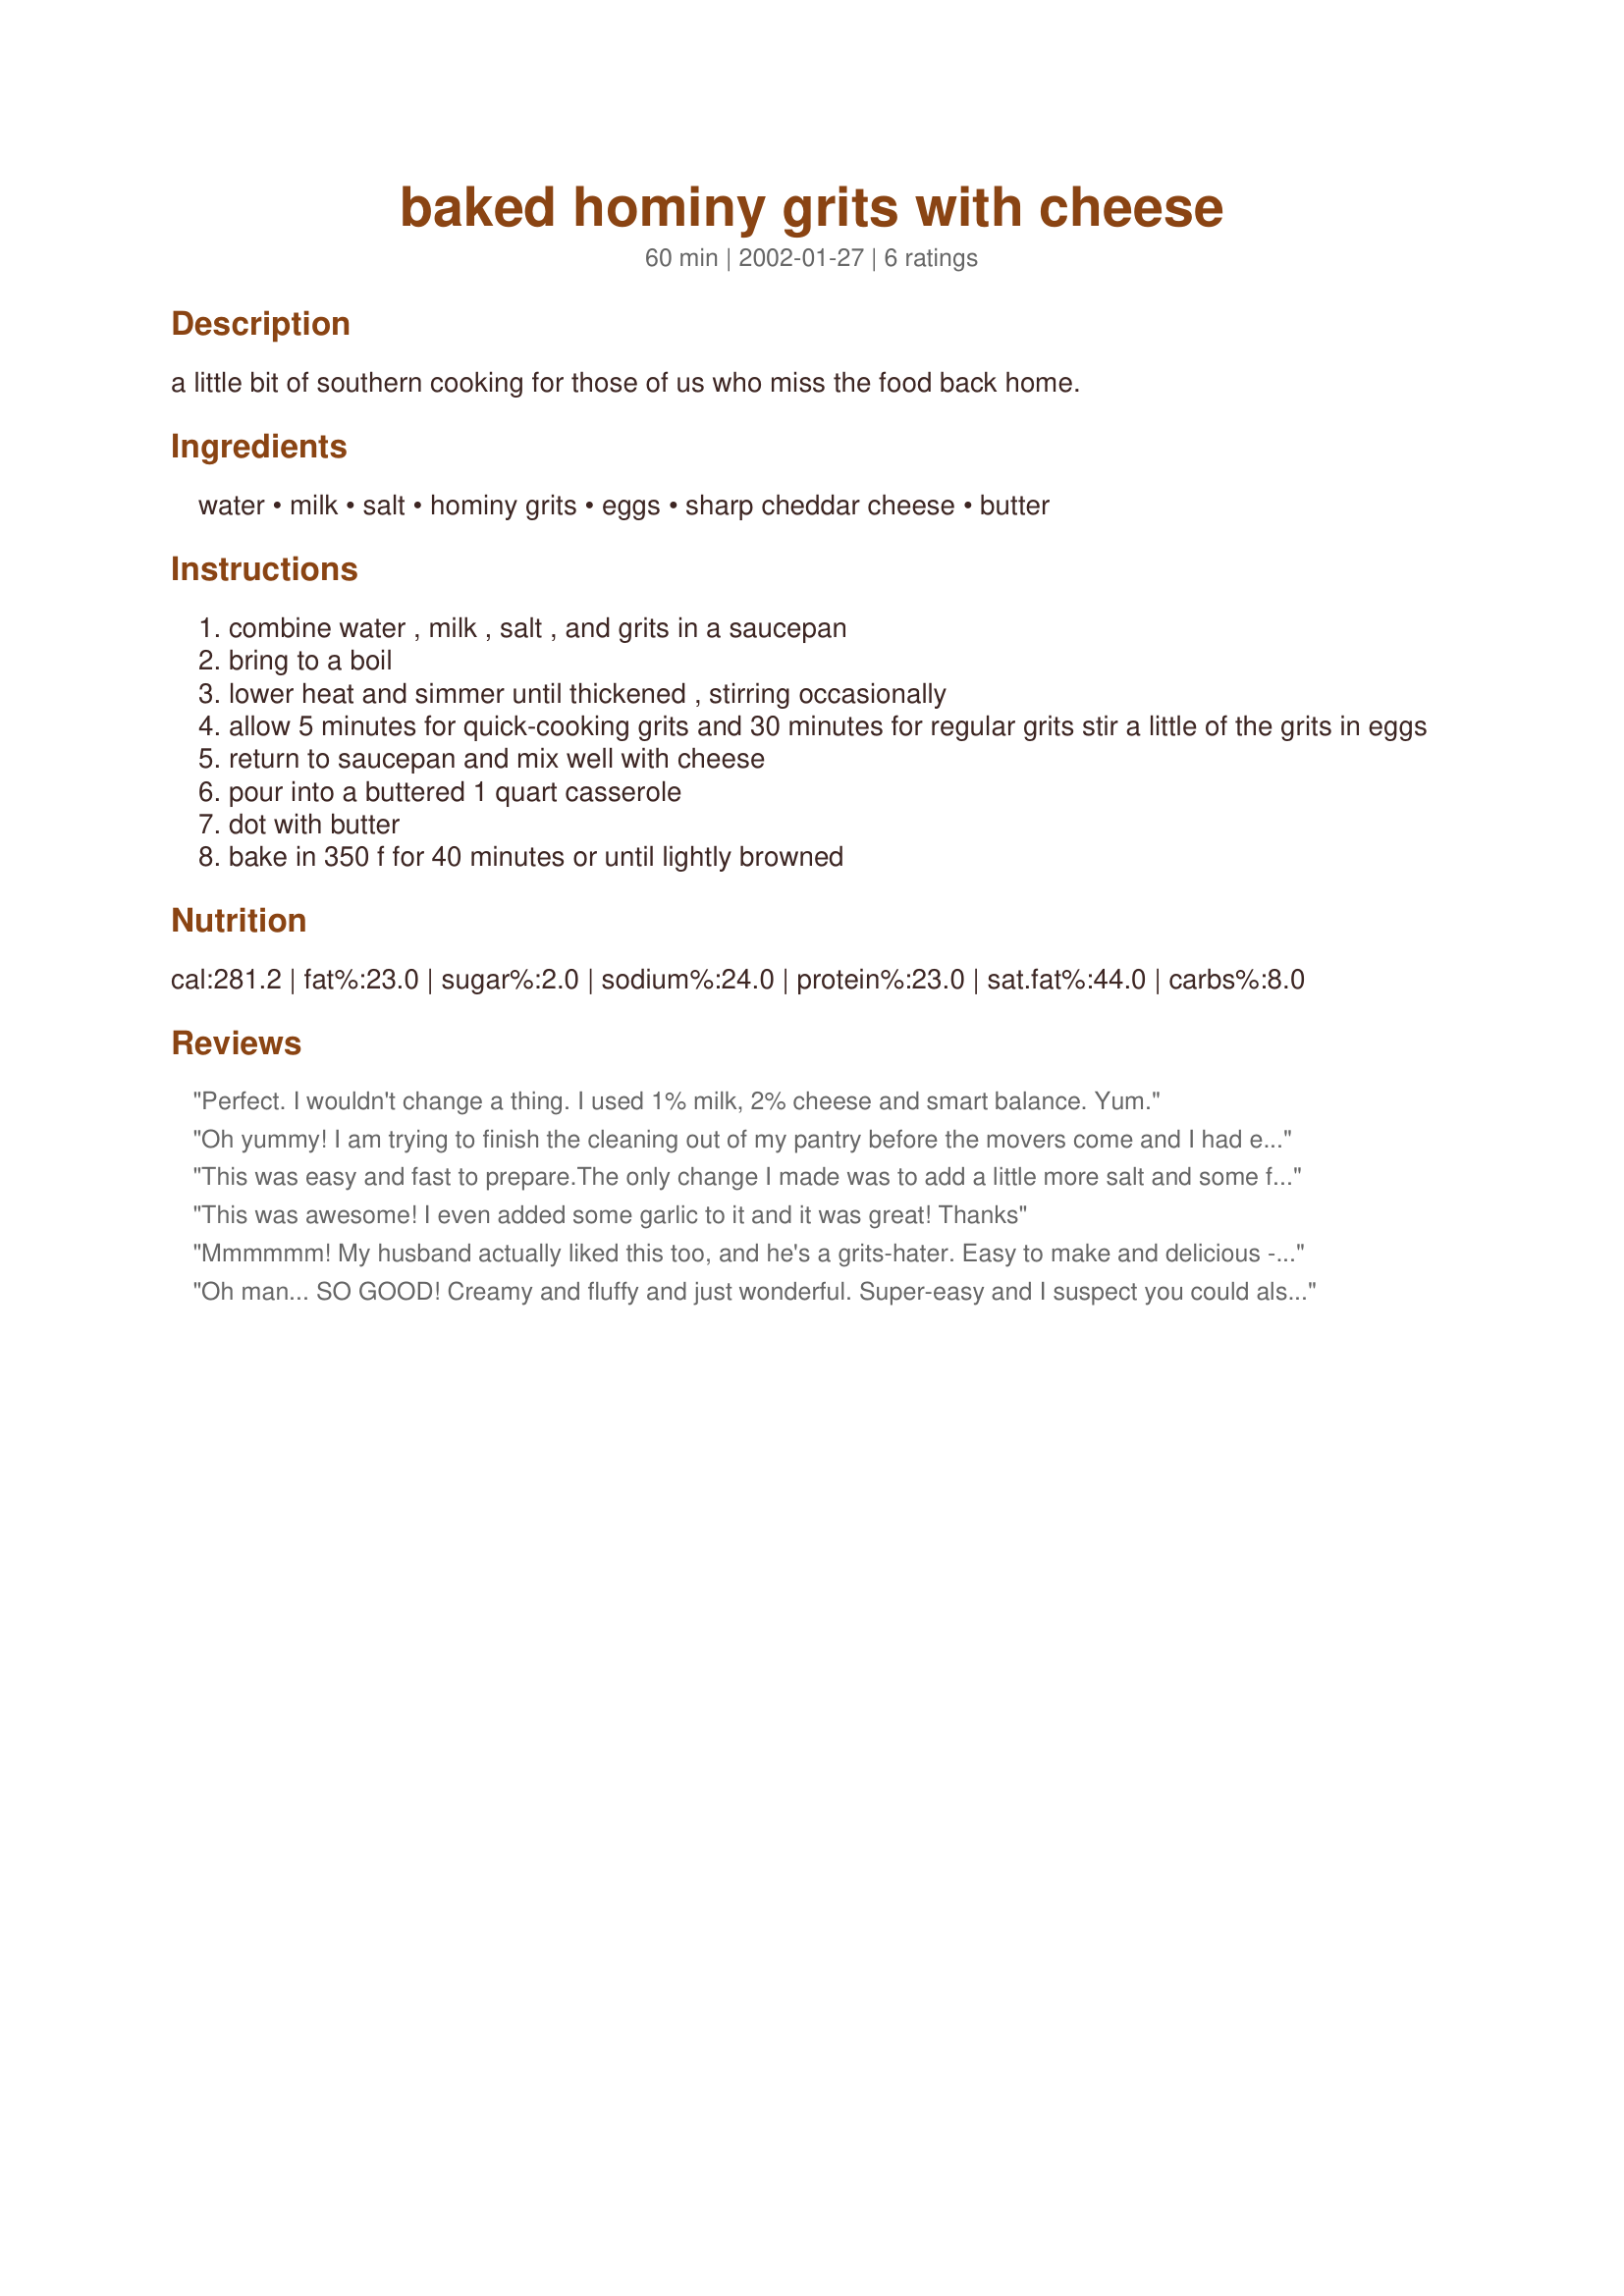
baked hominy grits with cheese
Preparation time: 60 minutes

a little bit of southern cooking for those of us who miss the food back home.

Ingredients:
water, milk, salt, hominy grits, eggs, sharp cheddar cheese, butter

Steps:
combine water , milk , salt , and grits in a saucepan
bring to a boil
lower heat and simmer until thickened , stirring occasionally
allow 5 minutes for quick-cooking grits and 30 minutes for regular grits stir a little of the grits in eggs
return to saucepan and mix well with cheese
pour into a buttered 1 quart casserole
dot with butter
bake in 350 f for 40 minutes or until lightly browned

Reviews:
Perfect. I wouldn't change a thing. I used 1% milk, 2% cheese and smart balance. Yum.
Oh yummy! I am trying to finish the cleaning out of my pantry before the movers come and I had exactly 1 cup of quick cooking grits left. I used skim milk and 2% american cheese slices (hey! It was all I had!) and a whole lot less than 2 tbsp. of butter. (Just a little on top.) This was creamy and wonderful. A great side dish for dinner.
This was easy and fast to prepare.The only change I made was to add a little more salt and some fresh ground pepper. I baked them in individual custard cups. Tish thank you for sharing your delicious recipe!
This was awesome! I even added some garlic to it and it was great! Thanks
Mmmmmm! My husband actually liked this too, and he's a grits-hater. Easy to make and delicious - I wouldn't change a thing.
Oh man... SO GOOD! Creamy and fluffy and just wonderful. Super-easy and I suspect you could also refrigerate (or freeze?) after putting your grits in the baking pan until you're ready to bake. The texture was really amazing- I think it was the egg, but I think the milk had a hand in it too. I usually just make grits with water, and the milk gave it such a creamier, richer, more substantial texture and flavor. The amount of cheese was just right. This reminded me of the grits at Big Ed's in NC, a great restaurant that specializes in good ol' Southern style cooking, especially breakfasts. We had this with an okra and black eyed pea gumbo, but I think this would be fabulous with breakfast. Honestly, I don't know if I will ever be able to make grits any other way... A real 10 star recipe. Thanks so much, Tish!!
